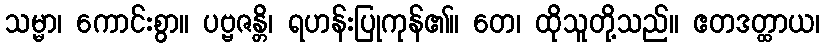
သမ္မာ၊ ကောင်းစွာ။ ပဗ္ဗဇန္တိ၊ ရဟန်းပြုကုန်၏။ တေ၊ ထိုသူတို့သည်။ ဧတဒတ္ထာယ၊